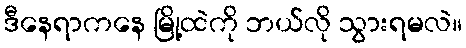
ဒီနေရာကနေ မြို့ထဲကို ဘယ်လို သွားရမလဲ။